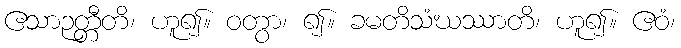
ဧသာဉတ္တီတိ၊ ဟူ၍။ ဝတွာ၊ ၍။ ခမတိသံဃဿာတိ၊ ဟူ၍။ ဧဝံ၊